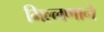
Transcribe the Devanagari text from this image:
भिल्लणाने